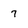
Character: 7